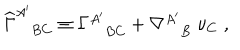
{ \widehat \Gamma } _ { B C } ^ { A ^ { \prime } } \equiv \Gamma _ { B C } ^ { A ^ { \prime } } + \nabla _ { B } ^ { A ^ { \prime } } \; \nu _ { C } \; ,